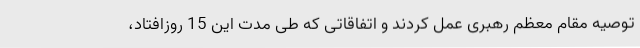
توصیه مقام معظم رهبری عمل کردند و اتفاقاتی که طی مدت این 15 روزافتاد،